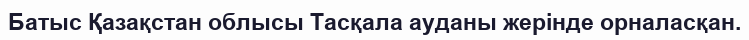
Батыс Қазақстан облысы Тасқала ауданы жерінде орналасқан.